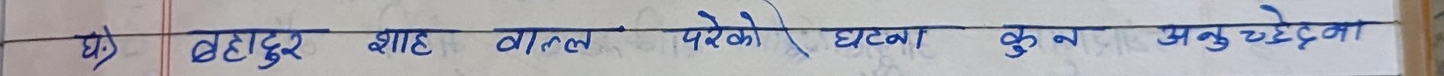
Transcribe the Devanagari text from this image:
घ) बहादुर शाह बाल परेको घटना कुन अनुच्छेदमा